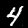
Digit: 4